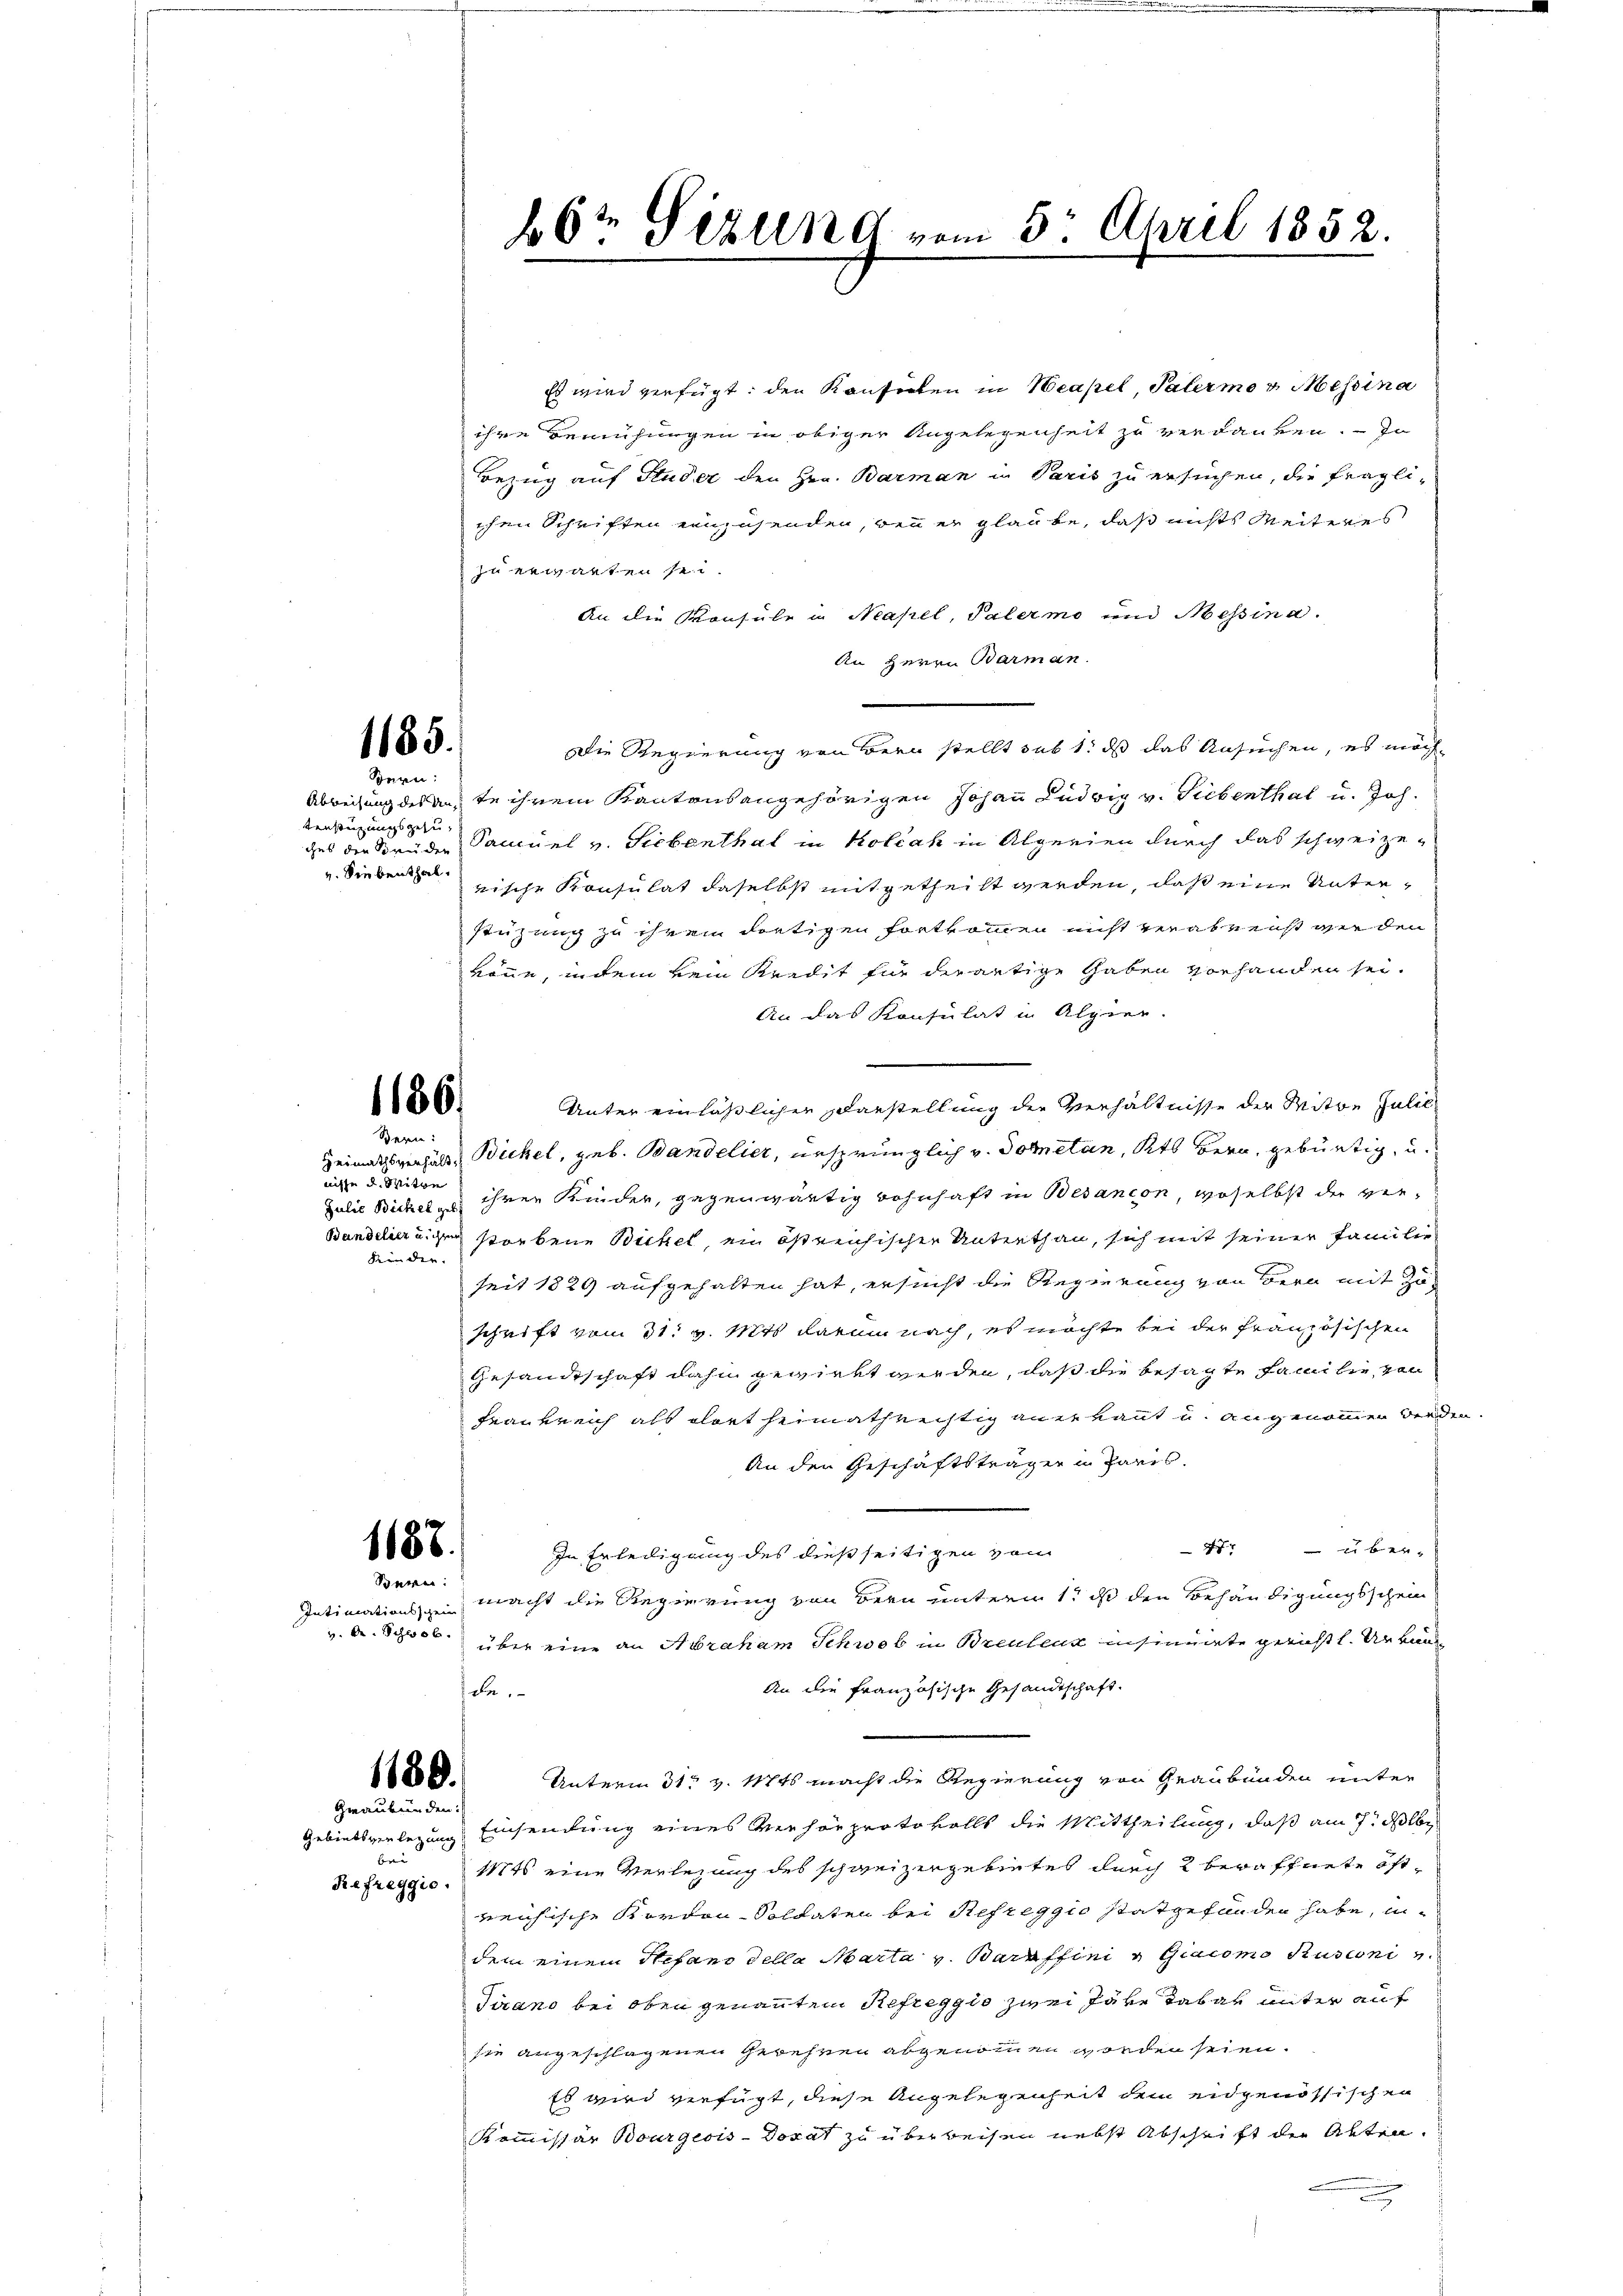
Bern:
tensteigungsgesu¬
. Siebenthal.

nicte d. Mitte
Kinder.

1185.

186.
Berne:

Es wird verfügt: den Konferten in Neapel, Palermo v. Messina
ihre Bemühungen in obiger Angelegenheit zu verdanken. In
Bezug auf Studer den Hrn. Barman in Paris zu ersuchen, die fraglichen Schriften einzusenden, wenn er glaube, daß nichts Weiteres
zu erwarten sei.
An die Konsule in Neapel, Palermo und Messina.
An Herrn Barman.
Die Regierung von Bern stellt sub 1. ds das Ansuchen, es mach¬
Abbeizung des aufte ihrem Kantonsangehörigen Johann Ludwig v. Siebenthal u. Joh.
ges die Brüder Panuel v. Siebenthal in Koléak in Alperien durch das schweize-
rische Konsulat daselbst mitgetheilt werden, daß eine Unterstüzung zu ihrem dortigen Fortkommen nicht verabennst werden
könne, in dem kein Kredit für derartige Gaben vorhanden sei.
An das Konsulat in Alpier.
e
Unter einläßlicher Darstellung der Verhältnisse der Mitte Julie
Heimathsverhält, Bickel, geb. Bandelier, ursprünglich v. Dometan, Kts Bern, gebürtig, u.
Julie Bickel u ihren Kinder, gegenwärtig wohnhaft in Besançon, woselbst der ver¬
Bandelierigen storbene Bickel ein östreichischen Unterthan, sich mit seiner Familie
seit 1829 aufgehalten hat, ersucht die Regierung von Bern mit Zuschrift vom 31. v. Mts. darum nach, es möchte bei der französischen
Gesandtschaft dahin gewiegt werden, daß die besagte Familie, von
Frankreich als olort heimathrechtig anerkannt u. angenommen werden.
An den Geschäftsträger in Paris.
47: über-
1188.
In Erledigung des dießseitigen von
Sonnen.
macht die Regierung von Bern unterm 1. ds den Behändigungsschein
Intimationsschein
v. A. Schlöb.
über eine an Abraham Schwab in Breuleux insinuirte gerichtl. Urband
An die französische Gesandtschaft.
de.
Unterm 31. v. Mts. macht die Regierung von Graubünden unter
1189.
Graubünden:
Gebietsverlegung Einsendung eines Verhörprotokolls die Mittheilung, daß am 7. Albe
bne
17ts eine Verlegung des schweizergebietet durch 2 bewaffnete öst¬
Refreggio.
weichische Kordon Soldaten bei Refreggio statgefunden habe, indem einem Stefano della Marta v. Baraffini u Giacomo Rusconi e
Tirano bei oben genannten Refreggio zwei Jahre Tabar unter auf
sie angeschlagenen Gewehren abgenommen worden seien.
Es wird verfügt, diese Angelegenheit dem eidgenössischen
Kommissär Bourgeois-Dorat zu überweisen nebst Abschrift der Akten.

66t Sezung vom 5. April 1852.